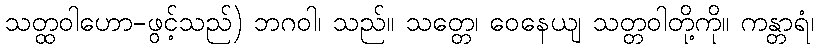
သတ္ထဝါဟော-ဖွင့်သည်) ဘဂဝါ၊ သည်။ သတ္တေ၊ ဝေနေယျ သတ္တဝါတို့ကို။ ကန္တာရံ၊